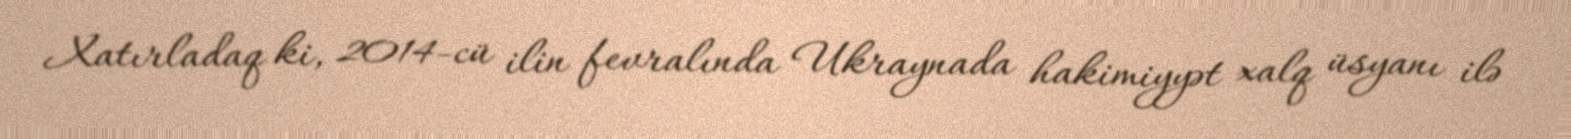
Xatırladaq ki, 2014-cü ilin fevralında Ukraynada hakimiyyət xalq üsyanı ilə